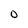
Character: O